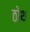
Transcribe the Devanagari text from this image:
ठोथ